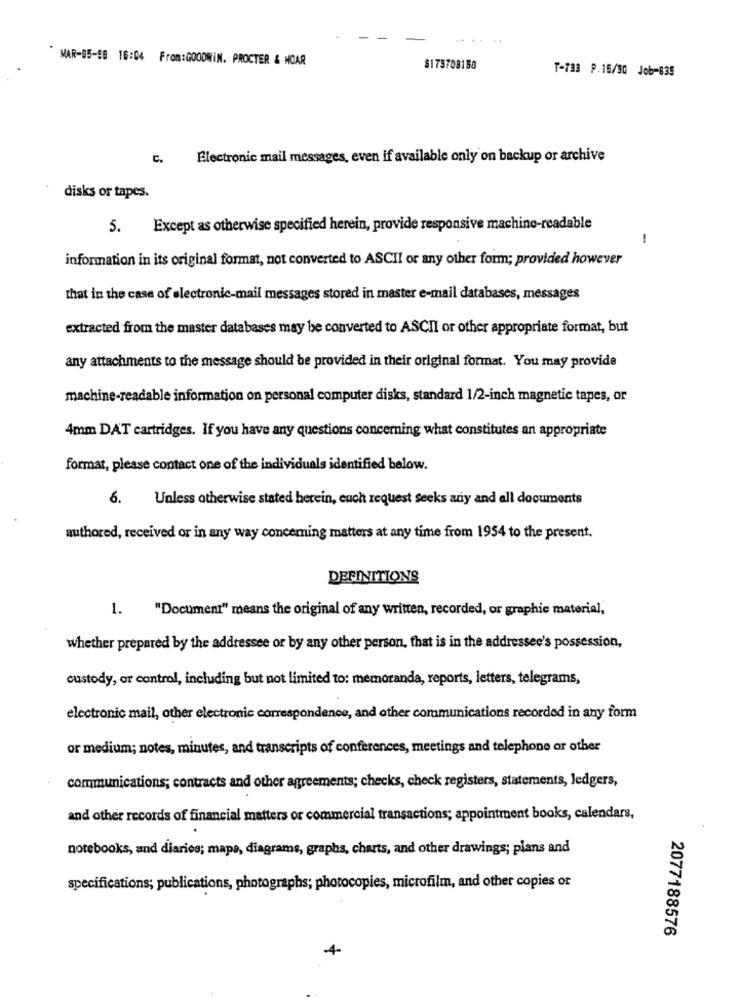
.
" MAR-85-58 16:04 From:GOODWIN. PROCTER & MOAR
$175708150
T-733 P.15/90 Job-635
C.
Electronic mail messages, even if available only on backup or archive
disks or tapes.
5. Except as otherwise specified herein, provide responsive machine-readable
-
information in its original format, not converted to ASCII or any other form; provided however
that in the case of electronic-mail messages stored in master e-mail databases, messages
extracted from the master databases may be converted to ASCII or other appropriate format, but
any attachments to the message should be provided in their original format. You may provide
machine-readable information on personal computer disks, standard 1/2-inch magnetic tapes, or
4mm DAT cartridges. If you have any questions concerning what constitutes an appropriate
format, please contact one of the individuals identified below.
6.
Unless otherwise stated herein, euch request seeks ariy and all documents
authored, received or in any way concerning matters at any time from 1954 to the present.
DEFINITIONS
1. "Document" means the original of any written, recorded, or graphic material,
whether prepared by the addressee or by any other person, that is in the addressee's possession,
custody, or control, including but not limited to: memoranda, reports, letters, telegrams,
electronic mail, other electronic correspondence, and other communications recorded in any form
or medium; notes, minutes, and transcripts of conferences, meetings and telephone or other
communications; contracts and other agreements; checks, check registers, statements, ledgers,
and other records of financial matters or commercial transactions; appointment books, calendars,
notebooks, and diarios; maps, diagrams, graphs, charts, and other drawings; plans and
specifications; publications, photographs; photocopies, microfilm, and other copies of
2077188576